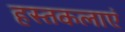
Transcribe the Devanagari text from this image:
हस्तकलाएं